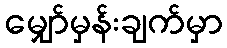
မျှော်မှန်းချက်မှာ